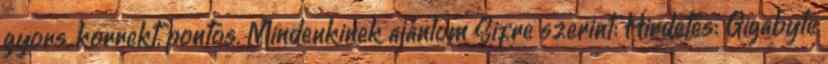
gyors, korrekt, pontos. Mindenkinek ajánlom Sifre szerint: Hirdetés: Gigabyte